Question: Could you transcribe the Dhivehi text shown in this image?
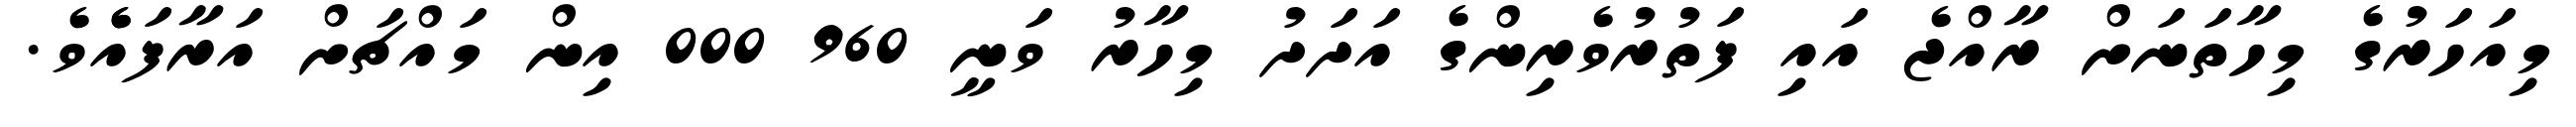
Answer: މިއަހަރުގެ މިހާތަނަށް ރާއްޖެ އައި ފަތުރުވެރިންގެ އަދަދު މިހާރު ވަނީ 960 000 އިން މައްޗަށް އަރާފައެެވެ.